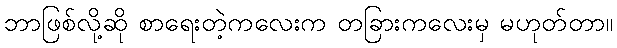
ဘာဖြစ်လို့ဆို စာရေးတဲ့ကလေးက တခြားကလေးမှ မဟုတ်တာ။